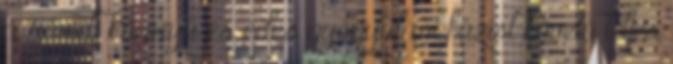
a rövid, könnyű és édes gyógyulási fázist követő teljes